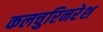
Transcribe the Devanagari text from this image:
कलचुरिनरेश